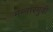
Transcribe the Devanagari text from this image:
मन्नारगुडी